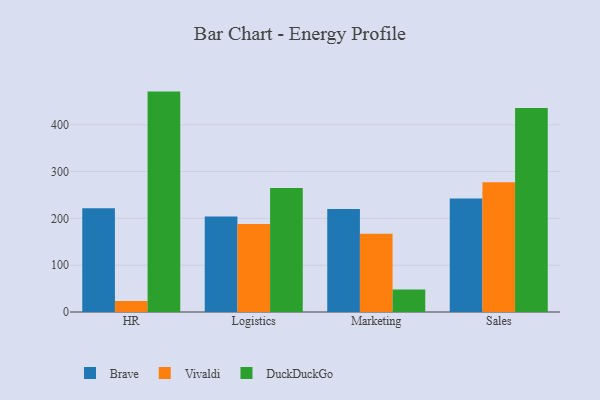
{"axis": {"x": "Department", "y": "Satisfaction Score"}, "legend": ["Brave", "DuckDuckGo", "Vivaldi"], "data": [{"x": "HR", "y": 221.8, "type": "Brave"}, {"x": "HR", "y": 23.4, "type": "Vivaldi"}, {"x": "HR", "y": 470.9, "type": "DuckDuckGo"}, {"x": "Logistics", "y": 204.0, "type": "Brave"}, {"x": "Logistics", "y": 188.1, "type": "Vivaldi"}, {"x": "Logistics", "y": 265.2, "type": "DuckDuckGo"}, {"x": "Marketing", "y": 219.8, "type": "Brave"}, {"x": "Marketing", "y": 167.4, "type": "Vivaldi"}, {"x": "Marketing", "y": 48.1, "type": "DuckDuckGo"}, {"x": "Sales", "y": 242.3, "type": "Brave"}, {"x": "Sales", "y": 277.1, "type": "Vivaldi"}, {"x": "Sales", "y": 435.8, "type": "DuckDuckGo"}]}